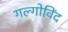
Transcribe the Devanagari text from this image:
गल्गोविंद